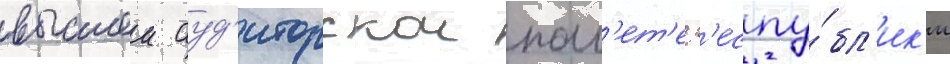
высшеи ауд'иторскои пал'ет'е р'еспу́бл'ик'и